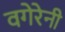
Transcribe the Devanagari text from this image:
वगेरेनी